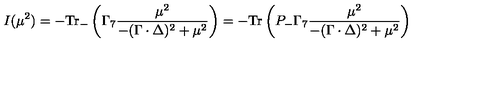
I ( \mu ^ { 2 } ) = - \mathrm { T r } _ { - } \left( \Gamma _ { 7 } \frac { \mu ^ { 2 } } { - ( \Gamma \cdot \Delta ) ^ { 2 } + \mu ^ { 2 } } \right) = - \mathrm { T r } \left( P _ { - } \Gamma _ { 7 } \frac { \mu ^ { 2 } } { - ( \Gamma \cdot \Delta ) ^ { 2 } + \mu ^ { 2 } } \right)